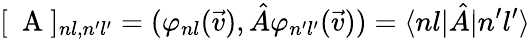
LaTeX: [\mathrm{~\mathbf~A~}]_{nl,n^{\prime}l^{\prime}}=(\varphi_{nl}(\vec{v}),\hat{A}\varphi_{n^{\prime}l^{\prime}}(\vec{v}))=\langle nl|\hat{A}|n^{\prime}l^{\prime}\rangle